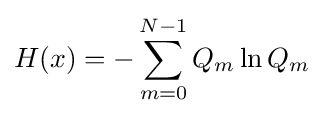
H(x)=-\sum _{m=0}^{N-1}Q_{m}\ln Q_{m}